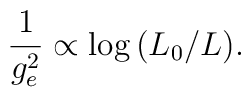
{1\over g_{e}^2}\propto \log{(L_0/L)}.